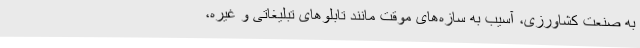
به صنعت کشاورزی، آسیب به سازه‌های موقت مانند تابلوهای تبلیغاتی و غیره،